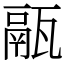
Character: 䰛